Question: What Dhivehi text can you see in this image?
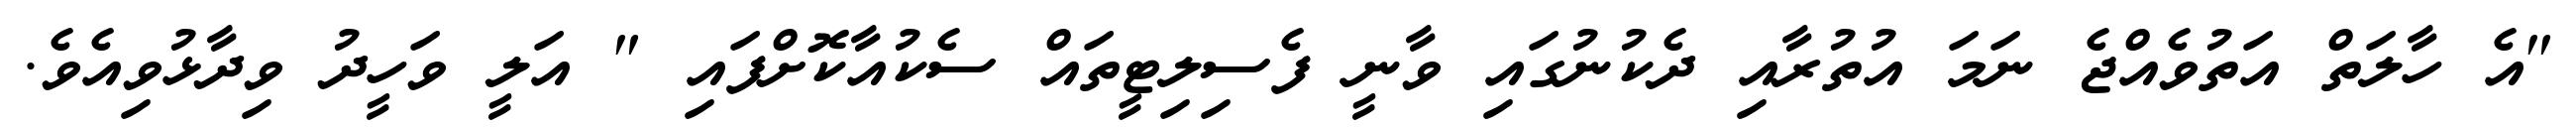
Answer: "އެ ހާލަތް އަތުވެއްޖެ ނަމަ އުތުރާއި ދެކުނުގައި ވާނީ ފެސިލިޓީތައް ސެކުއާކޮށްފައި " އަލީ ވަހީދު ވިދާޅުވިއެވެ.